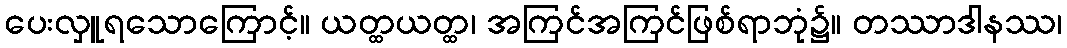
ပေးလှူရသောကြောင့်။ ယတ္ထယတ္ထ၊ အကြင်အကြင်ဖြစ်ရာဘုံ၌။ တဿာဒါနဿ၊